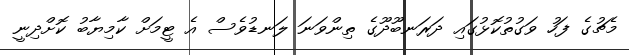
މެޗުގެ ފަހު ވަގުތުކޮޅުގައި ދަރަނބޫދޫގެ ތިންވަނަ ލަނޑުވެސް އެ ޓީމަށް ކާމިޔާބު ކޮށްދިނީ